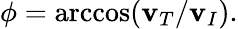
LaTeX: \phi=\operatorname{arccos}(\mathbf{v}_{T}/\mathbf{v}_{I}).